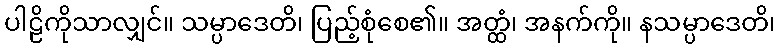
ပါဠိကိုသာလျှင်။ သမ္ပာဒေတိ၊ ပြည့်စုံစေ၏။ အတ္ထံ၊ အနက်ကို။ နသမ္ပာဒေတိ၊